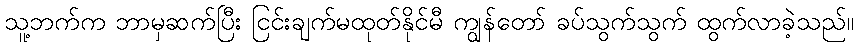
သူ့ဘက်က ဘာမှဆက်ပြီး ငြင်းချက်မထုတ်နိုင်မီ ကျွန်တော် ခပ်သွက်သွက် ထွက်လာခဲ့သည်။